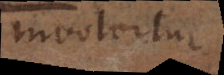
involvitur